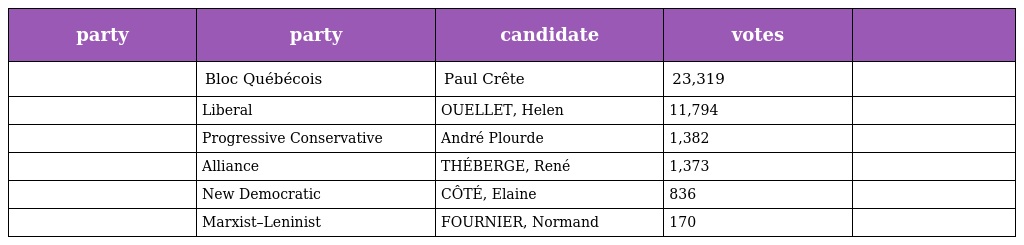
| party | party | candidate | votes |  |
 | --- | --- | --- | --- | --- |
 |  | Bloc Québécois | Paul Crête | 23,319 |  |
 |  | Liberal | OUELLET, Helen | 11,794 |  |
 |  | Progressive Conservative | André Plourde | 1,382 |  |
 |  | Alliance | THÉBERGE, René | 1,373 |  |
 |  | New Democratic | CÔTÉ, Elaine | 836 |  |
 |  | Marxist–Leninist | FOURNIER, Normand | 170 |  |